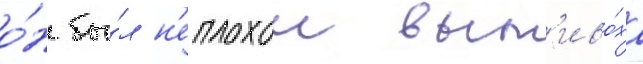
о́н бы́л н'еплохои вып'иво́ха